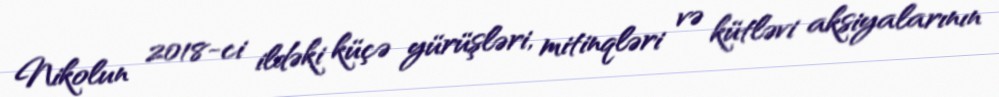
Nikolun 2018-ci ildəki küçə yürüşləri, mitinqləri və kütləvi aksiyalarının